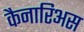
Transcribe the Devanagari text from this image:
कैनारिअस